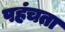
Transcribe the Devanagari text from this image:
पहंचता